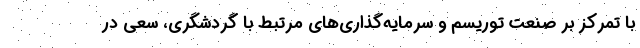
با تمرکز بر صنعت توریسم و سرمایه‌گذاری‌های مرتبط با گردشگری، سعی در